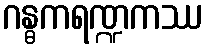
ဂန္ဓကရဏ္ဍကဿ